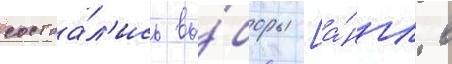
состоа́л'ись вы́боры [а́нгл. в